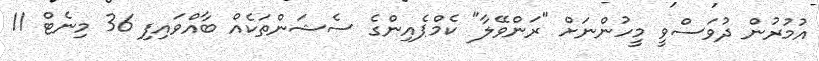
އުމުރުން ދުވަސްވީ މީހުންނަށް "ރަންވޭލާ" ކެމްޕެއިންގެ ސެޝަންތަކެއް ބާއްވައިފި 36 މިނެޓް 11